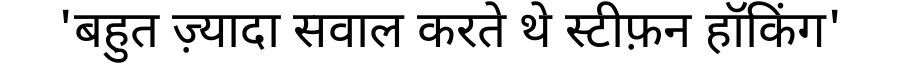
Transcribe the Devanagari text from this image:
'बहुत ज़्यादा सवाल करते थे स्टीफ़न हॉकिंग'